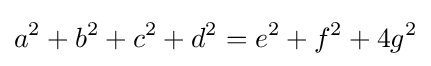
a^{2}+b^{2}+c^{2}+d^{2}=e^{2}+f^{2}+4g^{2}